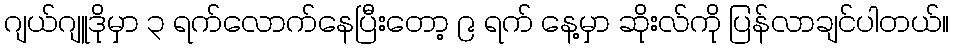
ဂျယ်ဂျူဒိုမှာ ၃ ရက်လောက်နေပြီးတော့ ၉ ရက် နေ့မှာ ဆိုးလ်ကို ပြန်လာချင်ပါတယ်။